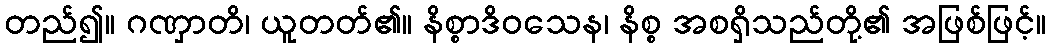
တည်၍။ ဂဏှာတိ၊ ယူတတ်၏။ နိစ္စာဒိဝသေန၊ နိစ္စ အစရှိသည်တို့၏ အဖြစ်ဖြင့်။